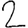
Digit: 2